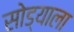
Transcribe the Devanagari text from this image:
सोड्याला